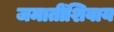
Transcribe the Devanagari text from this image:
जमातींशिवाय